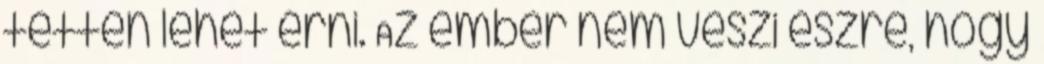
tetten lehet érni. Az ember nem veszi észre, hogy